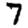
Digit: 7